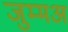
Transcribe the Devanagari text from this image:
जुम्मअ